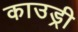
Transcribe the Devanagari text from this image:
काउड्री